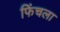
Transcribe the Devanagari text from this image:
फिंचला